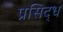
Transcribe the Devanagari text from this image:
प्रसिद्‍ध